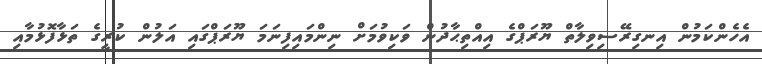
އެހެންކަމުން އިނގިރޭސިވިލާތް ޔޫރަޕްގެ އިއްތިޙާދުން ވަކިވުމަށް ނިންމައިފިނަމަ ޔޫރަޕްގައި އަލުން ކުރީގެ ތަޅާފޮޅުމާއި